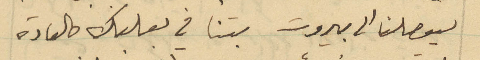
ليوصلنا الى بيروت بتنا في بعلبك كالعادة